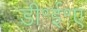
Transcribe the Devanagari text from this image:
डी॰ई॰ए